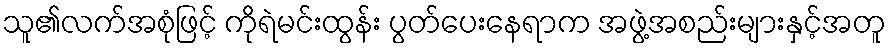
သူ၏လက်အစုံဖြင့် ကိုရဲမင်းထွန်း ပွတ်ပေးနေရာက အဖွဲ့အစည်းများနှင့်အတူ